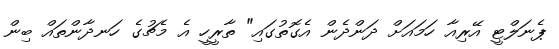
ޕެނަލްޓީ އޭރިއާ ހަމައަށް ދަންދެން އެގޮތުގައި" ތާރީހީ އެ މެޗުގެ ހަނދާންތައް ބިން